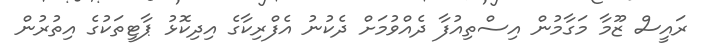
ރައީސް ޒޫމާ މަގާމުން އިސްތިއުފާ ދެއްވުމަށް ދެކުނު އެފްރިކާގެ އިދިކޮޅު ޕާޓީތަކުގެ އިތުރުން